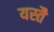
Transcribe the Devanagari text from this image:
यस्तै